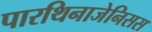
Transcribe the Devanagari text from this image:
पारथिनाजेनिसस